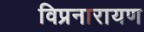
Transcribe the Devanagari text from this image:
विप्रनारायण